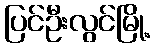
ပြင်ဦးလွင်မြို့